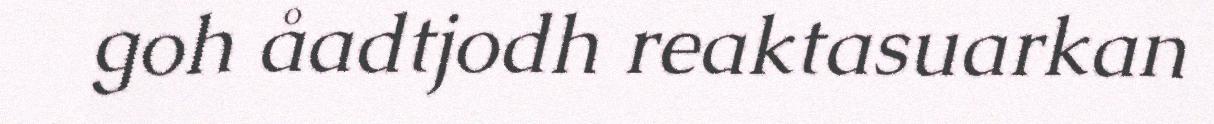
goh åadtjodh reaktasuarkan